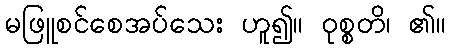
မဖြူစင်စေအပ်သေး ဟူ၍။ ဝုစ္စတိ၊ ၏။